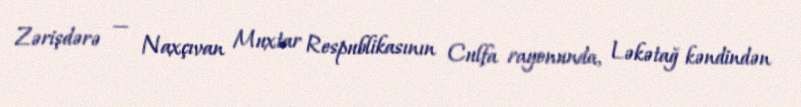
Zərişdərə — Naxçıvan Muxtar Respublikasının Culfa rayonunda, Ləkətağ kəndindən